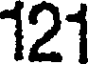
121